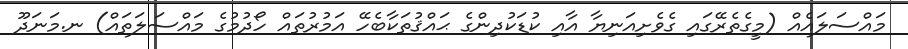
މައްސަލައެއް (މީގެތެރޭގައި ގެވެށިއަނިޔާ އާއި ކުޑަކުދިންގެ ޙައްޤުތަކާބެހޭ އަމުރުތައް ހޯދުމުގެ މައްސަލަތައް) ނ.މަނަދޫ